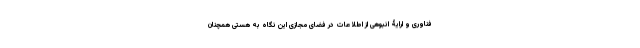
فناوری و ارایۀ انبوهی از اطلاعات در فضای مجازی این نگاه به هستی همچنان